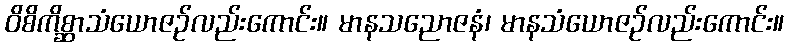
ဝိစိကိစ္ဆာသံယောဇဉ်လည်းကောင်း။ မာနသညောဇနံ၊ မာနသံယောဇဉ်လည်းကောင်း။